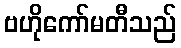
ဗဟိုကော်မတီသည်